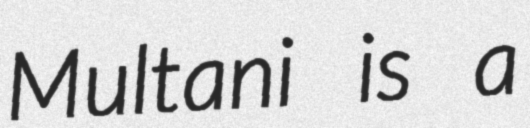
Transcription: Multani is a